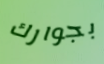
بجوارك